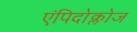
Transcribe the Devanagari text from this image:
एंपिदोक्लोज